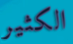
الكثير